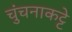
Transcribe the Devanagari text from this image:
चुंचनाकट्टे